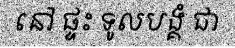
នៅ ផ្ទះ ទូលបង្គំ ជា